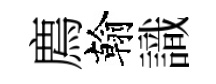
廌翰識